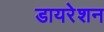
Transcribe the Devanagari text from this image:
डायरेशन